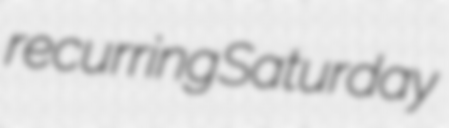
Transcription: recurring Saturday